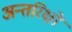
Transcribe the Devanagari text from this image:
अन्तरिक्षों